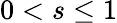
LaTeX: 0<s\le 1